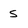
Character: 5